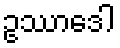
ဥဿာဒေါ